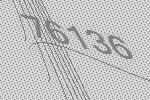
76136